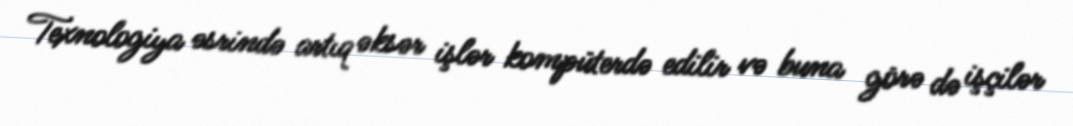
Texnologiya əsrində artıq əksər işlər kompüterdə edilir və buna görə də işçilər